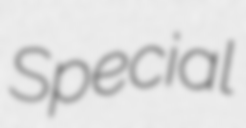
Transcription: Special